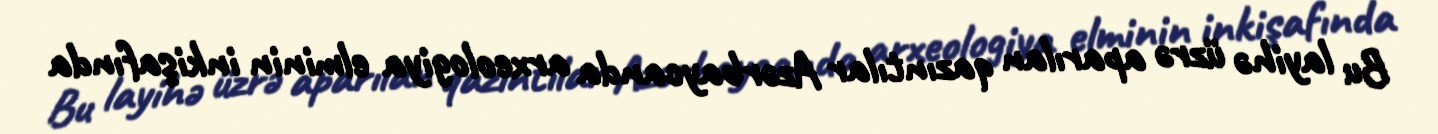
Bu layihə üzrə aparılan qazıntılar Azərbaycanda arxeologiya elminin inkişafında